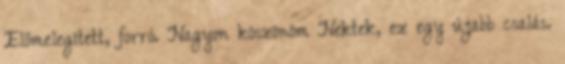
Előmelegített, forró. Nagyon köszönöm Nektek, ez egy újabb csalás.